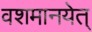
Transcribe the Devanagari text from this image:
वशमानयेत्